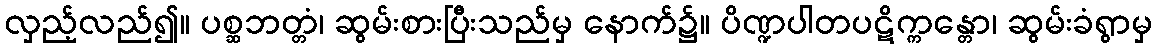
လှည့်လည်၍။ ပစ္ဆဘတ္တံ၊ ဆွမ်းစားပြီးသည်မှ နောက်၌။ ပိဏ္ဍပါတပဋိက္ကန္တော၊ ဆွမ်းခံရွာမှ